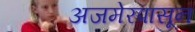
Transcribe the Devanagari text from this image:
अजमेरपासून